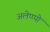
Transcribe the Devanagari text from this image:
अलेप्प्पो